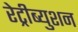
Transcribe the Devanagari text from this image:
रेट्रीब्युशन